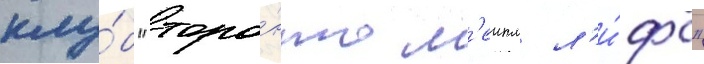
клу́б "торо́нто м'еипл л'и́фс"